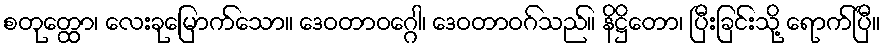
စတုတ္ထော၊ လေးခုမြောက်သော။ ဒေဝတာဝဂ္ဂေါ၊ ဒေဝတာဝဂ်သည်။ နိဋ္ဌိတော၊ ပြီးခြင်းသို့ ရောက်ပြီ။